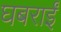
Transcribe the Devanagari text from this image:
घबराईं